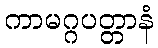
ကာမဂ္ဂပတ္တာနံ